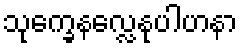
သုက္ခေနလ္လေနုပါဟနာ